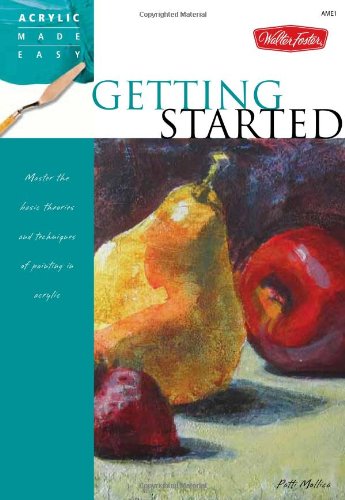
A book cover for Getting Started: Master the basic theories and techniques of painting in acrylic (Acrylic Made Easy); Patti Mollica; Arts & Photography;